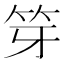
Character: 笌